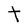
Character: T